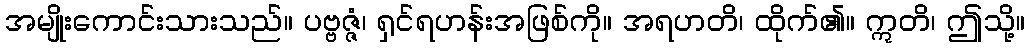
အမျိုးကောင်းသားသည်။ ပဗ္ဗဇ္ဇံ၊ ရှင်ရဟန်းအဖြစ်ကို။ အရဟတိ၊ ထိုက်၏။ ဣတိ၊ ဤသို့။